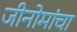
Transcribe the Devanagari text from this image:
जीनोमांचा